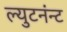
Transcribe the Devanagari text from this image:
ल्युटनंन्ट